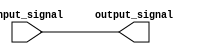
module ECL_buffer (
    input input_signal,
    output output_signal
);

wire input_signal_buffered;

// Input stage with level shifting
assign input_signal_buffered = input_signal;

// Output stage with buffering
assign output_signal = input_signal_buffered;

endmodule